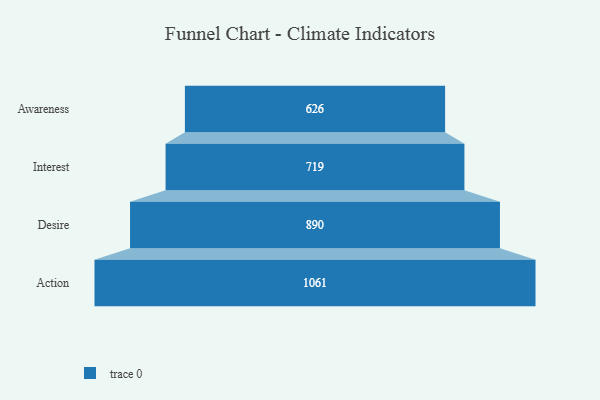
{"axis": {"x": "Stage", "y": "Value"}, "legend": [""], "data": [{"x": "Awareness", "y": 626.0, "type": ""}, {"x": "Interest", "y": 719.0, "type": ""}, {"x": "Desire", "y": 890.0, "type": ""}, {"x": "Action", "y": 1061.0, "type": ""}]}